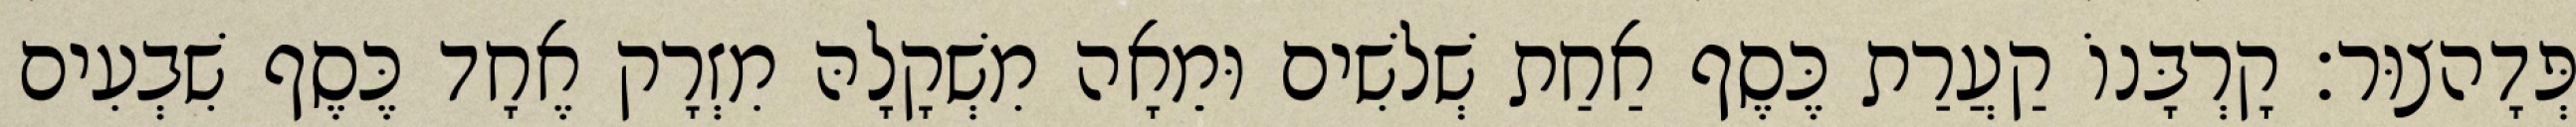
פְּדָהצוּר׃ קָרְבָּנוֹ קַעֲרַת כֶּסֶף אַחַת שְׁלשִׁים וּמֵאָה מִשְׁקָלָהּ מִזְרָק אֶחָד כֶּסֶף שִׁבְעִים